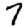
Digit: 7